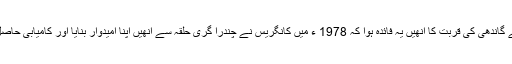
سنجے گاندھی کی قربت کا انھیں یہ فائدہ ہوا کہ 1978 ء میں کانگریس نے چندرا گری حلقہ سے انھیں اپنا امیدوار بنایا اور کامیابی حاصل کی۔